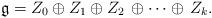
LaTeX: \begin{align*}\mathfrak{g}=Z_{0} \oplus Z_{1}\oplus Z_{2}\,\oplus \cdots \oplus \,Z_{k}.\end{align*}